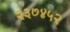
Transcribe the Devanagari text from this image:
२३७४५२